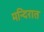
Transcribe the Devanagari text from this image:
मन्दिरात